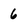
Character: 6